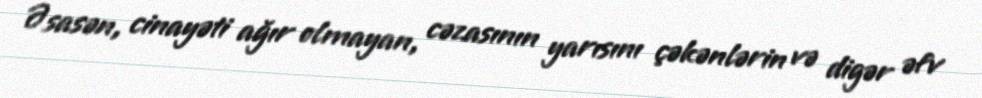
Əsasən, cinayəti ağır olmayan, cəzasının yarısını çəkənlərin və digər əfv